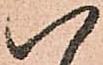
八